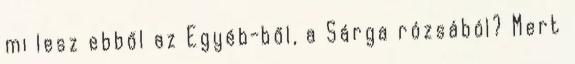
mi lesz ebből az Egyéb-ből, a Sárga rózsából? Mert